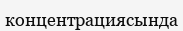
концентрациясында